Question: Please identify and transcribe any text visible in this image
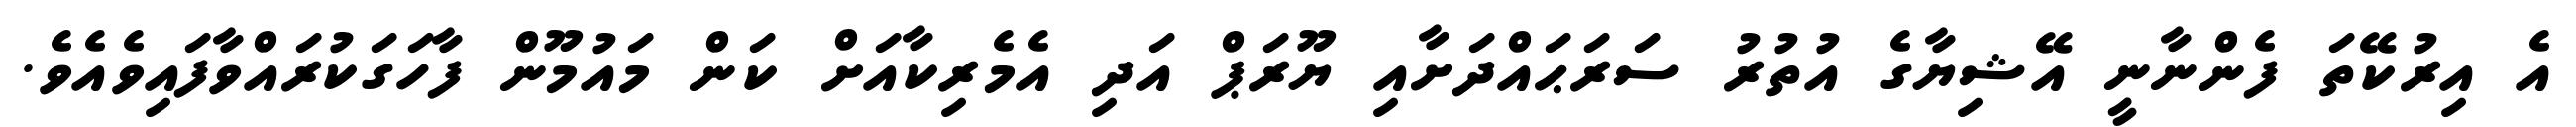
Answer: އެ އިރުކޭތަ ފެންނާނީ އޭޝިޔާގެ އުތުރު ސަރަޙައްދަށާއި ޔޫރަޕް އަދި އެމެރިކާއަށް ކަން މައުމޫން ފާހަގަކުރައްވާފައިވެއެވެ.